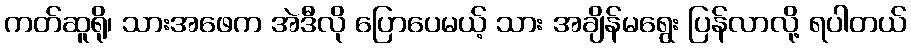
ကတ်ဆူရို၊ သားအဖေက အဲဒီလို ပြောပေမယ့် သား အချိန်မရွေး ပြန်လာလို့ ရပါတယ်